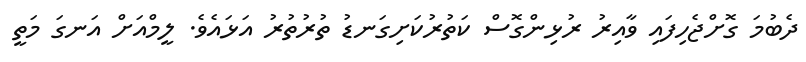
ދެބުމަ ގޮށްޖެހިފައި ވާއިރު ރުޅިންގޮސް ކަތުރުކަށިގަނޑު ތުރުތުރު އަޅައެވެ. ލީމްއަށް އަނގަ މަތީ